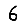
Digit: 6